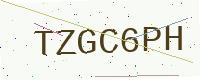
Text: TZGC6PH